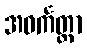
အဝင်္ကတ္တာ